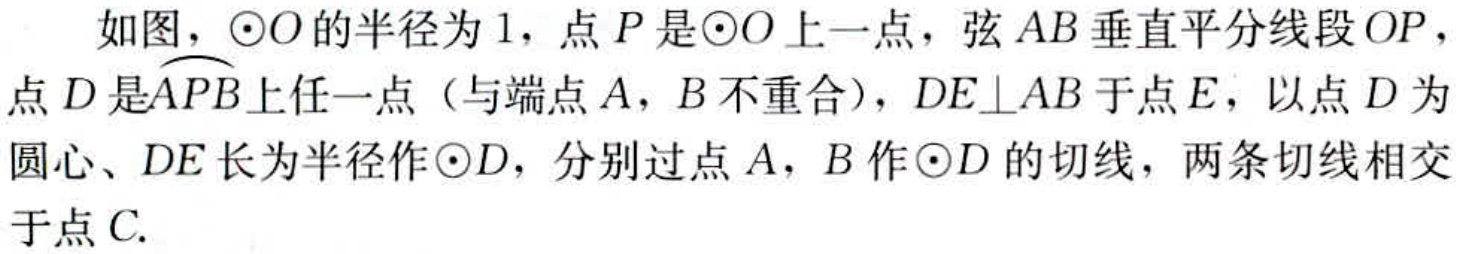
如图，\(\odot O\)的半径为\(1\)，点\(P\)是\(\odot O\)上一点，弦\(AB\)垂直平分线段\(OP\)，点\(D\)是\(\overset{\frown}{APB}\)上任一点（与端点\(A\)，\(B\)不重合），\(DE\perp AB\)于点\(E\)，以点\(D\)为圆心、\(DE\)长为半径作\(\odot D\)，分别过点\(A\)，\(B\)作\(\odot D\)的切线，两条切线相交于点\(C\).